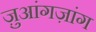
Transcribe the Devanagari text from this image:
ज़ुआंगज़ांग